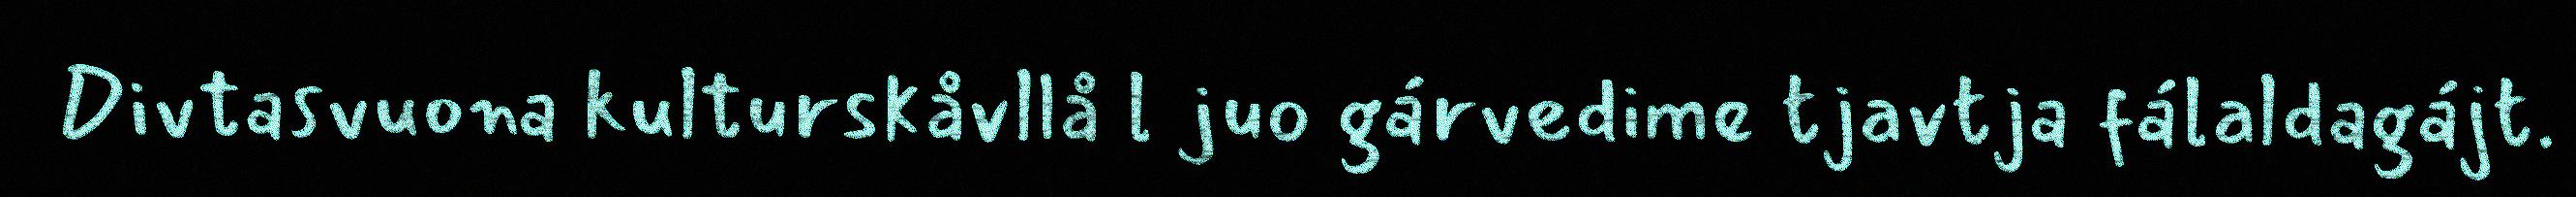
Divtasvuona kulturskåvllå l juo gárvedime tjavtja fálaldagájt.